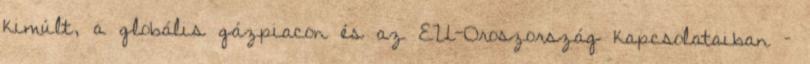
kimúlt, a globális gázpiacon és az EU-Oroszország kapcsolataiban –